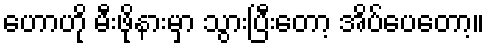
ဟောဟို မီးဖိုနားမှာ သွားပြီးတော့ အိပ်ပေတော့။